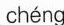
chéng